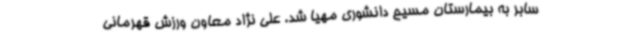
سابر به بیمارستان مسیح دانشوری مهیا شد. علی نژاد معاون ورزش قهرمانی